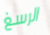
الرسغ